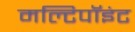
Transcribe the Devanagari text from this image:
मल्टिपॉइंट